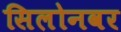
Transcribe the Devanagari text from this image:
सिलोनवर